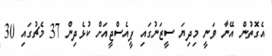
އެގޮތުން އޭނާ ވަނީ މިދިޔަ ސީޒަނުގައި ޕީއެސްޖީއަށް ކުޅެދިން 37 މެޗުގައި 30